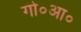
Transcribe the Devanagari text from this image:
गो०आ०